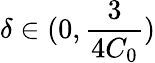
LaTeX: \delta\in(0,\frac{3}{4C_{0}})